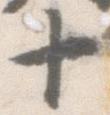
十